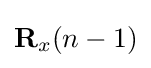
\mathbf {R} _{x}(n-1)